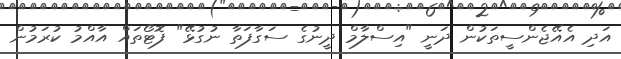
އަދި އެއޭޖެންސީތަކުން ދަނީ "އިސްލާމް ދީނުގެ ސަގާފަތާ ނުގުޅޭ" ފޮޓޯތައް އާއްމު ކުރަމުން